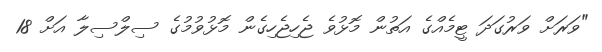
"ވަރަށް ވަރުގަދަ ޓީމެއްގެ އަތުން މޮޅުވެ ޖެހިޖެހިގެން މޮޅުވުމުގެ ސިލްސިލާ އަށް 18